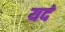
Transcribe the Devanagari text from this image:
यदं